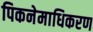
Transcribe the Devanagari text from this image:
पिकनेमाधिकरण